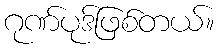
ဂုဏ်ပုဒ်ဖြစ်တယ်။